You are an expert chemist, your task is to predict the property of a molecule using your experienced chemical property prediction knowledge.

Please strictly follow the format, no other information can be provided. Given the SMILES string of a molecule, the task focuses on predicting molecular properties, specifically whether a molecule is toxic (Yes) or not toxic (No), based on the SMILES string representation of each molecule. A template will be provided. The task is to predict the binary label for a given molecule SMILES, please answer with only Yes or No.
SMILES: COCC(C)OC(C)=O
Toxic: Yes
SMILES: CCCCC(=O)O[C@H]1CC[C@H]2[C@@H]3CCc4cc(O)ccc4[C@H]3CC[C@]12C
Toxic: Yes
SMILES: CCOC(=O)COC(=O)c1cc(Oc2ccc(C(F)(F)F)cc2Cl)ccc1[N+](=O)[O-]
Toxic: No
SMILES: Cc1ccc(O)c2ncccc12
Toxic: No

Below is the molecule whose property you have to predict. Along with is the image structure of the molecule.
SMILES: O=C(O)c1cc(Cl)cc(Cl)c1O
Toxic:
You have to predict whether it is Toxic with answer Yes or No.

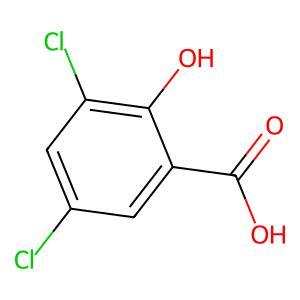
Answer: No